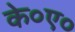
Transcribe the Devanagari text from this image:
के०ए०